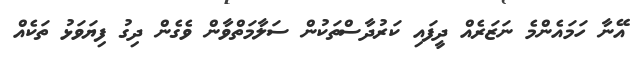
އޭނާ ހަމައެންމެ ނަޒަރެއް ދީފައި ކަރުދާސްތަކުން ސަލާމަތްވާން ވެގެން ދިގު ފިޔަވަޅު ތަކެއް